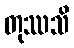
တုဿသိ